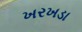
ખરખડા